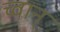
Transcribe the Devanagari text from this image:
च्वान्